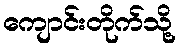
ကျောင်းတိုက်သို့